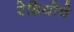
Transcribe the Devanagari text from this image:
रेडियोचे